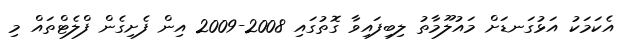
އެކަމަކު އަޅުގަނޑަށް މައުލޫމާތު ލިބިފައިވާ ގޮތުގައި 2008-2009 އިން ފެށިގެން ފްލެޓްތައް މި